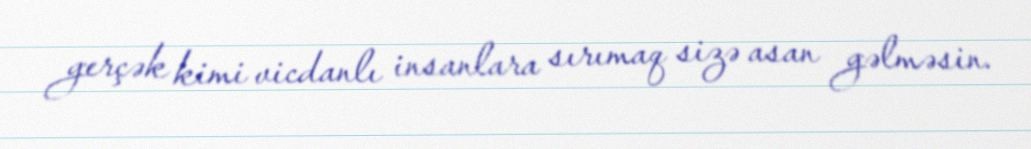
gerçək kimi vicdanlı insanlara sırımaq sizə asan gəlməsin.